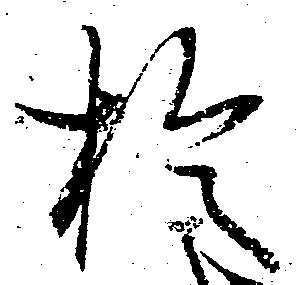
於